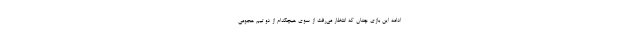
ادامه این بازی چنان که انتظار می‌رفت از سوی هیچکدام از دو تیم هجومی